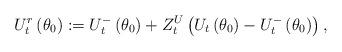
LaTeX: \begin{align*}U_{t}^{r}\left( \theta _{0}\right) :=U_{t}^{-}\left( \theta _{0}\right)+Z_{t}^{U}\left( U_{t}\left( \theta _{0}\right) -U_{t}^{-}\left( \theta_{0}\right) \right) , \end{align*}